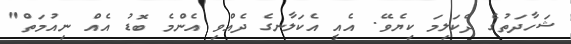
ޝަހާދަތުގެ ދެކަލިމަ ކިޔެވޭ. އެއީ އެކަލާނގެ ދެއްވި އެންމެ ބޮޑު އެއް ނިއުމަތް"